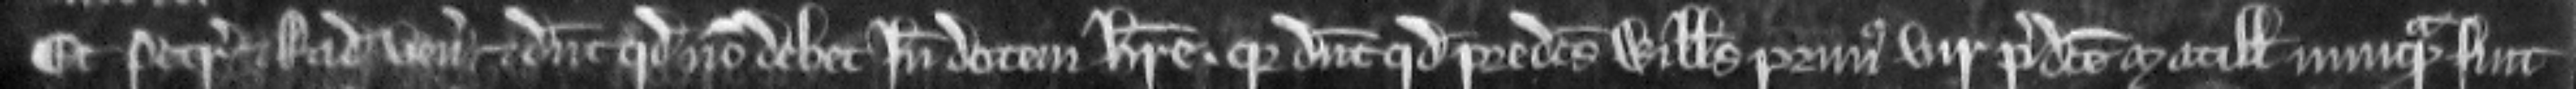
Et Petrus et Radulfus veniunt et dicunt quod non debet inde dotem habere. quia dicunt quod predictus Willelmus primus vir predicte Matillidis nunquam fuit